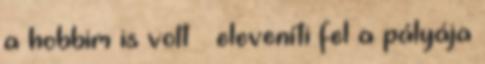
a hobbim is volt – eleveníti fel a pályája